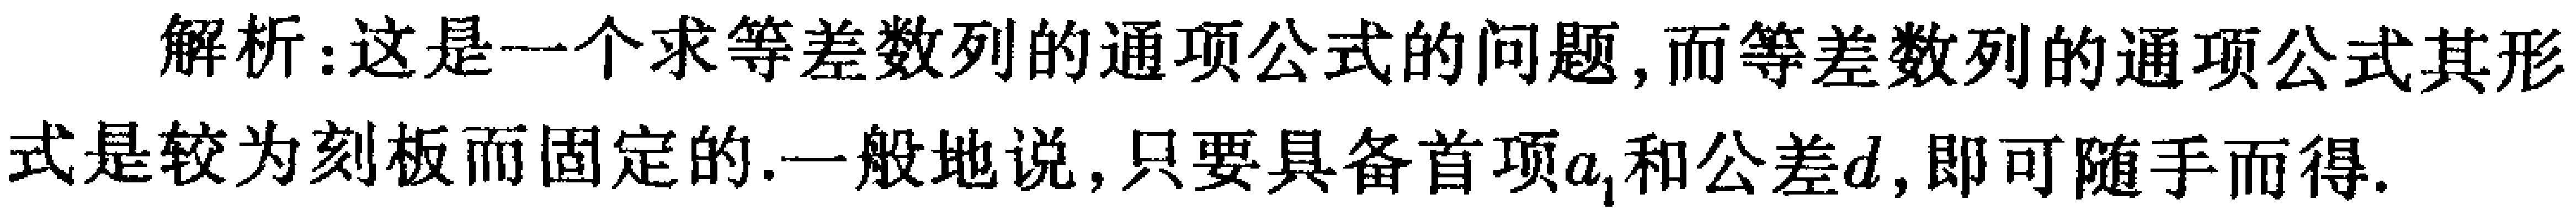
解析：这是一个求等差数列的通项公式的问题, 而等差数列的通项公式其形式是较为刻板而固定的. 一般地说, 只要具备首项\(a_{1}\)和公差\(d\), 即可随手而得.